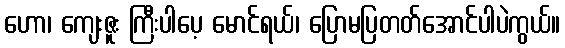
ဟော၊ ကျေးဇူး ကြီးပါပေ့ မောင်ရယ်၊ ပြောမပြတတ်အောင်ပါပဲကွယ်။